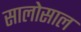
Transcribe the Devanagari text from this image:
सालोसाल